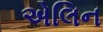
એલિન